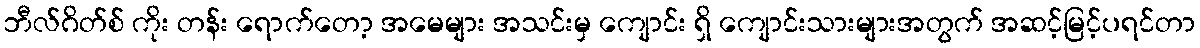
ဘီလ်ဂိတ်စ် ကိုး တန်း ရောက်တော့ အမေများ အသင်းမှ ကျောင်း ရှိ ကျောင်းသားများအတွက် အဆင့်မြင့်ပရင်တာ